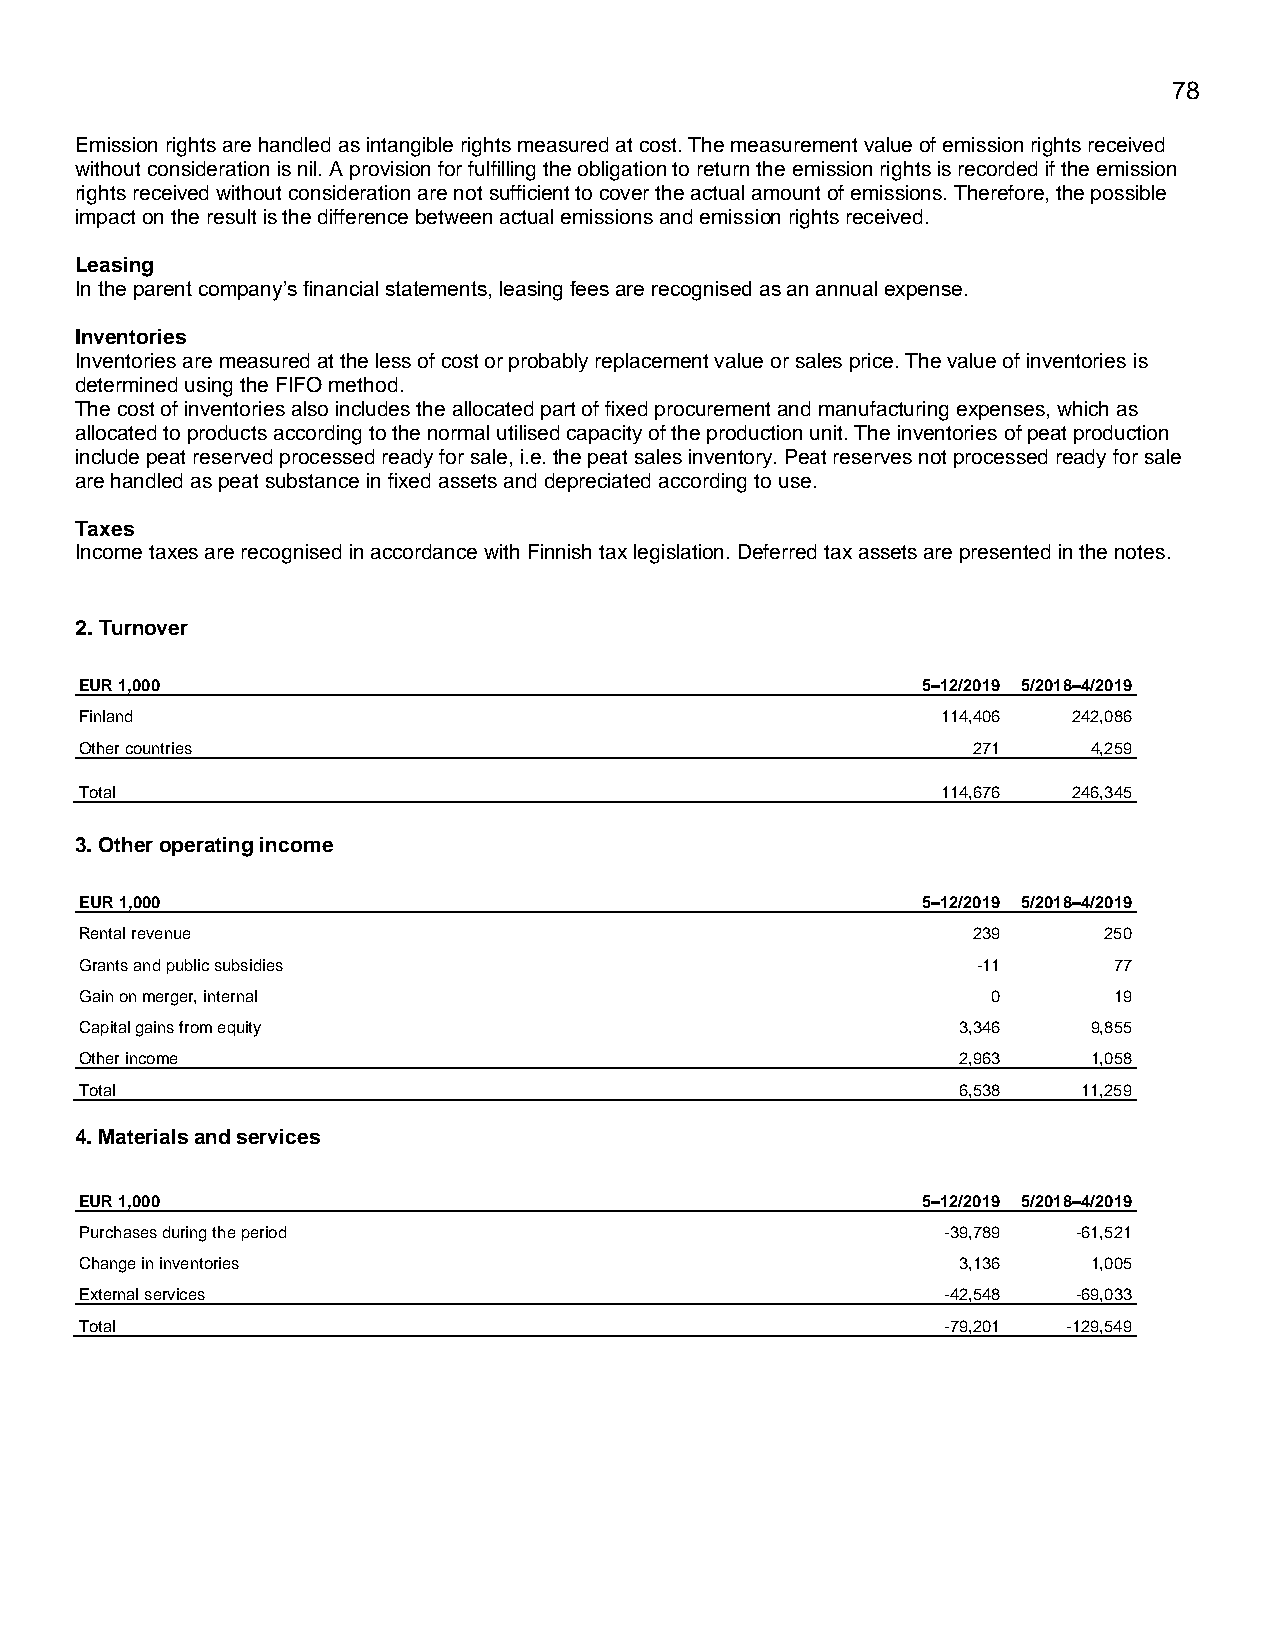
78
 Emission rights are handled as intangible rights measured at cost. The measurement value of emission rights received
 without consideration is nil. A provision for fulfilling the obligation to return the emission rights is recorded if the emission
 rights received without consideration are not sufficient to cover the actual amount of emissions. Therefore, the possible
 impact on the result is the difference between actual emissions and emission rights received.
 Leasing
 In the parent company’s financial statements, leasing fees are recognised as an annual expense.
 Inventories
 Inventories are measured at the less of cost or probably replacement value or sales price. The value of inventories is
 determined using the FIFO method.
 The cost of inventories also includes the allocated part of fixed procurement and manufacturing expenses, which as
 allocated to products according to the normal utilised capacity of the production unit. The inventories of peat production
 include peat reserved processed ready for sale, i.e. the peat sales inventory. Peat reserves not processed ready for sale
 are handled as peat substance in fixed assets and depreciated according to use.
 Taxes
 Income taxes are recognised in accordance with Finnish tax legislation. Deferred tax assets are presented in the notes.
 2. Turnover
 EUR 1,000                                               5–12/2019 5/2018–4/2019
 Finland                                                  114,406  242,086
 Other countries                                            271     4,259
 Total                                                    114,676  246,345
 3. Other operating income
 EUR 1,000                                               5–12/2019 5/2018–4/2019
 Rental revenue                                             239      250
 Grants and public subsidies                                 -11      77
 Gain on merger, internal                                     0       19
 Capital gains from equity                                  3,346   9,855
 Other income                                               2,963   1,058
 Total                                                      6,538   11,259
 4. Materials and services
 EUR 1,000                                               5–12/2019 5/2018–4/2019
 Purchases during the period                               -39,789 -61,521
 Change in inventories                                      3,136   1,005
 External services                                         -42,548 -69,033
 Total                                                     -79,201 -129,549